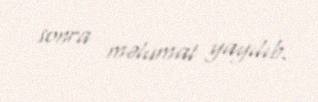
sonra məlumat yayılıb.